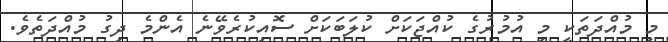
މި މުއްދަތަކީ މި އުމުރުގެ ކުއްޖަކަށް ކުލަބަކަށް ސޮއިކުރެވޭނެ އެންމެ ދިގު މުއްދަތެވެ.